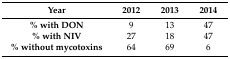
<table><thead><tr><td><b>Year</b></td><td><b>2012</b></td><td><b>2013</b></td><td><b>2014</b></td></tr></thead><tbody><tr><td><b>% with DON</b></td><td>9</td><td>13</td><td>47</td></tr><tr><td><b>% with NIV</b></td><td>27</td><td>18</td><td>47</td></tr><tr><td><b>% without mycotoxins</b></td><td>64</td><td>69</td><td>6</td></tr></tbody></table>